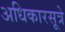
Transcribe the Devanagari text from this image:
अधिकारसूत्रे